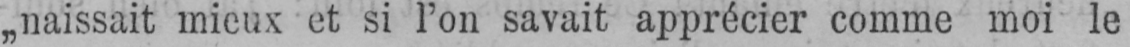
„naissait mieux et si l’on savait apprécier comme moi le